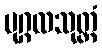
ပုဂ္ဂလသုတ္တံ